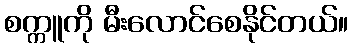
စက္ကူကို မီးလောင်စေနိုင်တယ်။